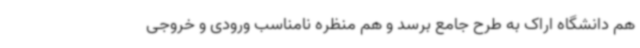
هم دانشگاه اراک به طرح جامع برسد و هم منظره نامناسب ورودی و خروجی